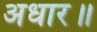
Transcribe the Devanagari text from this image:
अधार॥